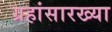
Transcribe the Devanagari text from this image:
ग्रहांसारख्या